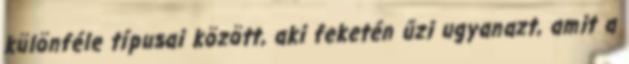
különféle típusai között, aki feketén űzi ugyanazt, amit a